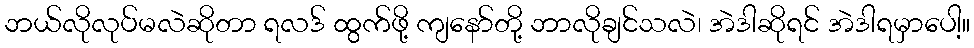
ဘယ်လိုလုပ်မလဲဆိုတာ ရလဒ် ထွက်ဖို့ ကျနော်တို့ ဘာလိုချင်သလဲ၊ အဲဒါဆိုရင် အဲဒါရမှာပေါ့။